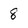
Character: 8